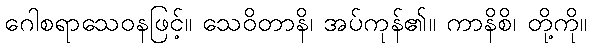
ဂေါစရာသေဝနဖြင့်။ သေဝိတာနိ၊ အပ်ကုန်၏။ ကာနိစိ၊ တို့ကို။